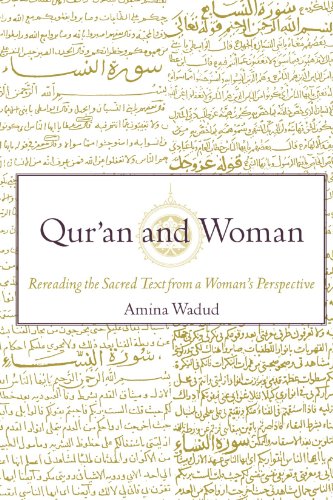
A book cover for Qur'an and Woman: Rereading the Sacred Text from a Woman's Perspective; Amina Wadud; Religion & Spirituality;